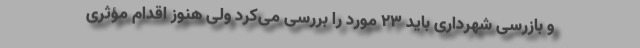
و بازرسی شهرداری باید ۲۳ مورد را بررسی می‌کرد ولی هنوز اقدام مؤثری